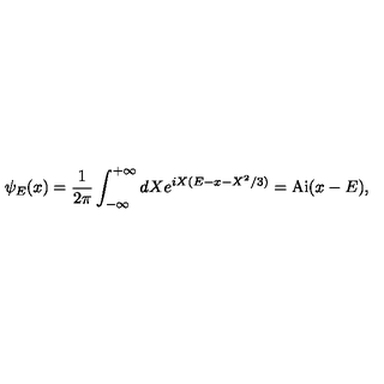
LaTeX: \psi _ { E } ( x ) = \frac { 1 } { 2 \pi } \int _ { - \infty } ^ { + \infty } d X e ^ { i X ( E - x - X ^ { 2 } / 3 ) } = \mathrm { A i } ( x - E ) ,